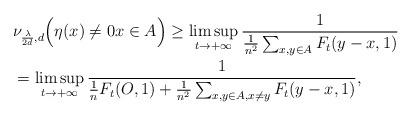
LaTeX: \begin{align*}&\nu_{\frac{\lambda}{2d},d}\Big(\eta(x)\neq 0x\in A\Big)\geq \limsup_{t\rightarrow+\infty}\frac{1}{\frac{1}{n^2}\sum_{x,y\in A}F_t(y-x,1)}\\&=\limsup_{t\rightarrow+\infty}\frac{1}{\frac{1}{n}F_t(O,1)+\frac{1}{n^2}\sum_{x,y\in A, x\neq y}F_t(y-x,1)}, \end{align*}